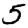
Digit: 5